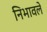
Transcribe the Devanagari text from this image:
निभावले